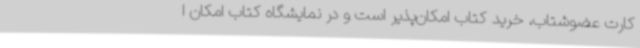
کارت عضوشتاب، خرید کتاب امکان‌پذیر است و در نمایشگاه کتاب امکان ا